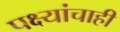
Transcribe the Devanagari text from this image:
पक्ष्यांचाही